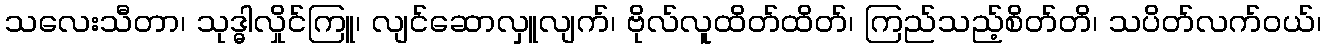
သလေးသီတာ၊ သုဒ္ဓါလှိုင်ကြူ၊ လျင်ဆောလှူလျက်၊ ဗိုလ်လူထိတ်ထိတ်၊ ကြည်သည့်စိတ်တိ၊ သပိတ်လက်ဝယ်၊